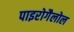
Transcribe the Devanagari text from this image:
पाइरोगैलोल